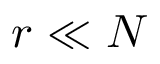
r \ll N